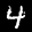
Label: 4